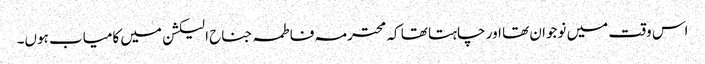
اس وقت میں نوجوان تھا اور چاہتا تھا کہ محترمہ فاطمہ جناح الیکشن میں کامیاب ہوں۔